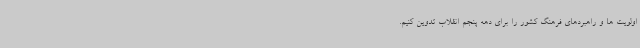
اولویت ها و راهبردهای فرهنگ کشور را برای دهه پنجم انقلاب تدوین کنیم.